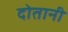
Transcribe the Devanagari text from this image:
दोतानी